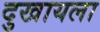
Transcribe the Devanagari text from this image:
दुखायला